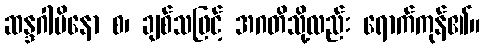
ဆန္ဒဂါမိနော စ၊ ချစ်သဖြင့် အဂတိသို့လည်း ရောက်ကုန်၏။